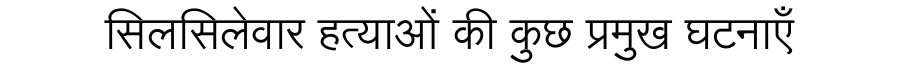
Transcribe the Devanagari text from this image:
सिलसिलेवार हत्याओं की कुछ प्रमुख घटनाएँ